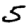
Digit: 5